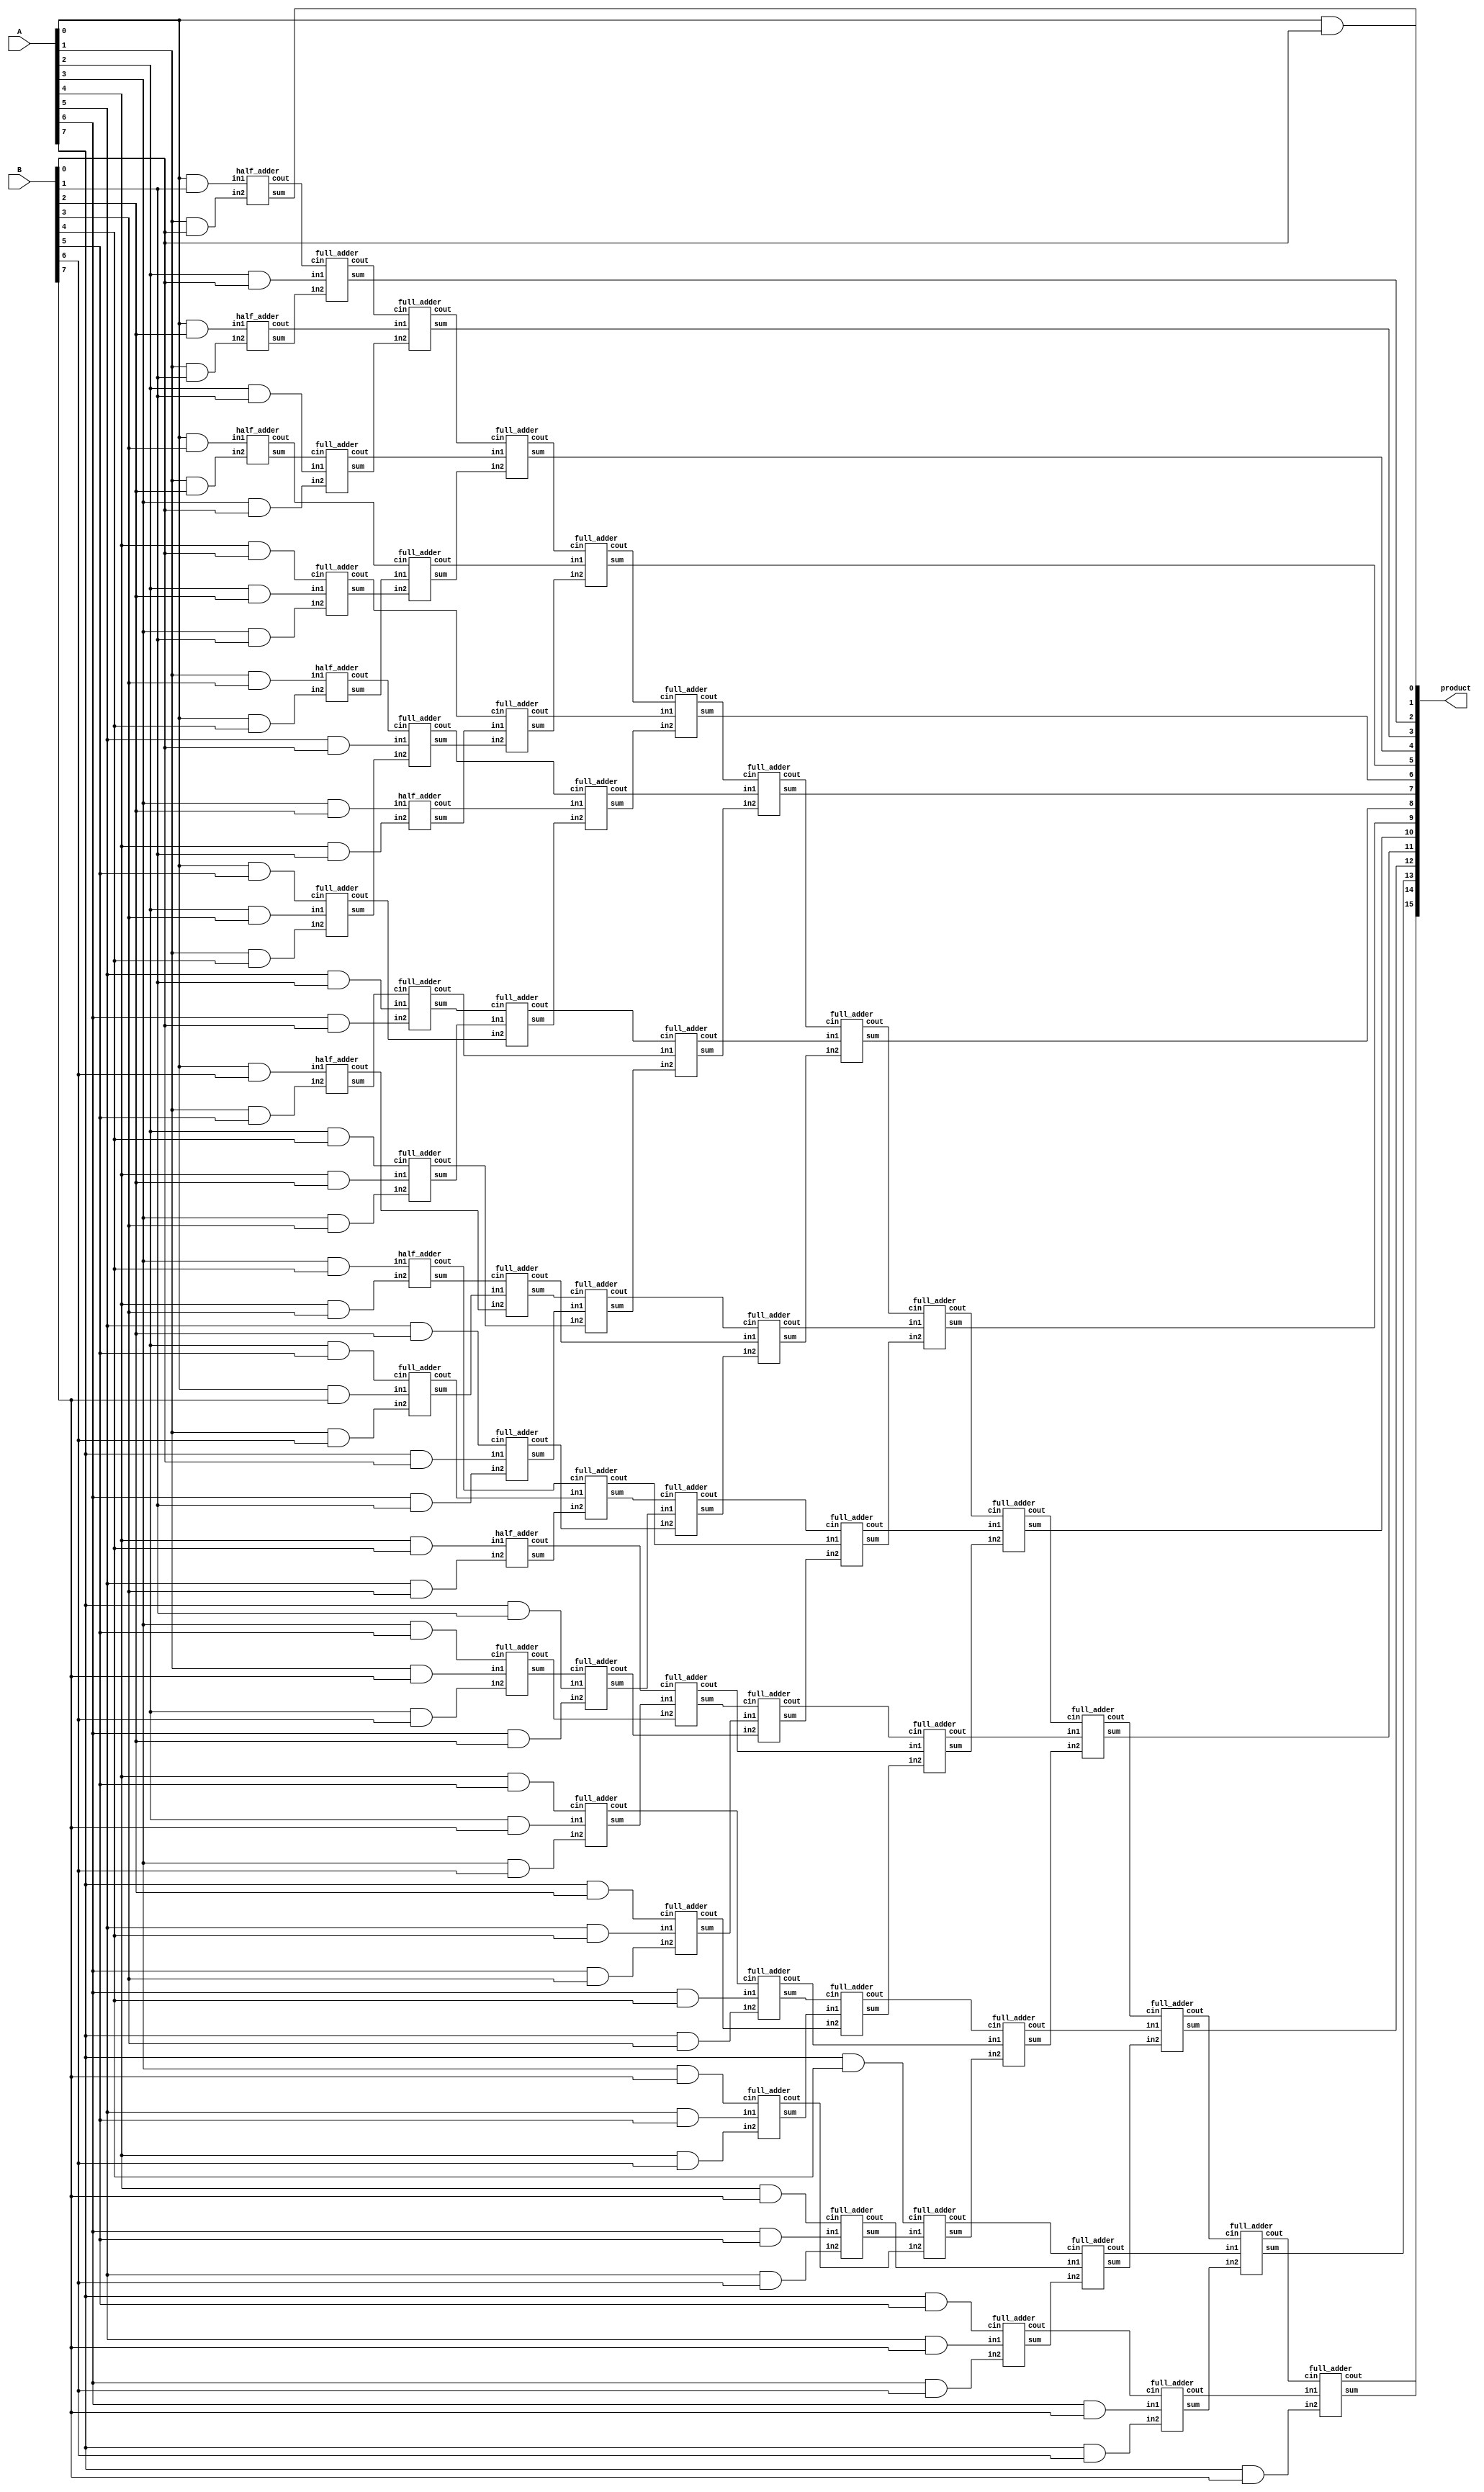
module dadda_unsigned_multiplier_RCA_8(product, A, B);
	/* Implementation of dadda multiplier with RCA at the end.
	 * Area: 1039.968769
	 * Power: 0.5508
	 * Timing : 1.53
	 */
    input [7:0] A, B;
    output [15:0] product;

    wire [7:0] pp0, pp1, pp2, pp3, pp4, pp5, pp6, pp7;

    and AND00(pp0[0], A[0], B[0]);
    and AND01(pp0[1], A[1], B[0]);
    and AND02(pp0[2], A[2], B[0]);
    and AND03(pp0[3], A[3], B[0]);
    and AND04(pp0[4], A[4], B[0]);
    and AND05(pp0[5], A[5], B[0]);
    and AND06(pp0[6], A[6], B[0]);
    and AND07(pp0[7], A[7], B[0]);
    and AND08(pp1[0], A[0], B[1]);
    and AND09(pp1[1], A[1], B[1]);
    and AND10(pp1[2], A[2], B[1]);
    and AND11(pp1[3], A[3], B[1]);
    and AND12(pp1[4], A[4], B[1]);
    and AND13(pp1[5], A[5], B[1]);
    and AND14(pp1[6], A[6], B[1]);
    and AND15(pp1[7], A[7], B[1]);
    and AND16(pp2[0], A[0], B[2]);
    and AND17(pp2[1], A[1], B[2]);
    and AND18(pp2[2], A[2], B[2]);
    and AND19(pp2[3], A[3], B[2]);
    and AND20(pp2[4], A[4], B[2]);
    and AND21(pp2[5], A[5], B[2]);
    and AND22(pp2[6], A[6], B[2]);
    and AND23(pp2[7], A[7], B[2]);
    and AND24(pp3[0], A[0], B[3]);
    and AND25(pp3[1], A[1], B[3]);
    and AND26(pp3[2], A[2], B[3]);
    and AND27(pp3[3], A[3], B[3]);
    and AND28(pp3[4], A[4], B[3]);
    and AND29(pp3[5], A[5], B[3]);
    and AND30(pp3[6], A[6], B[3]);
    and AND31(pp3[7], A[7], B[3]);
    and AND32(pp4[0], A[0], B[4]);
    and AND33(pp4[1], A[1], B[4]);
    and AND34(pp4[2], A[2], B[4]);
    and AND35(pp4[3], A[3], B[4]);
    and AND36(pp4[4], A[4], B[4]);
    and AND37(pp4[5], A[5], B[4]);
    and AND38(pp4[6], A[6], B[4]);
    and AND39(pp4[7], A[7], B[4]);
    and AND40(pp5[0], A[0], B[5]);
    and AND41(pp5[1], A[1], B[5]);
    and AND42(pp5[2], A[2], B[5]);
    and AND43(pp5[3], A[3], B[5]);
    and AND44(pp5[4], A[4], B[5]);
    and AND45(pp5[5], A[5], B[5]);
    and AND46(pp5[6], A[6], B[5]);
    and AND47(pp5[7], A[7], B[5]);
    and AND48(pp6[0], A[0], B[6]);
    and AND49(pp6[1], A[1], B[6]);
    and AND50(pp6[2], A[2], B[6]);
    and AND51(pp6[3], A[3], B[6]);
    and AND52(pp6[4], A[4], B[6]);
    and AND53(pp6[5], A[5], B[6]);
    and AND54(pp6[6], A[6], B[6]);
    and AND55(pp6[7], A[7], B[6]);
    and AND56(pp7[0], A[0], B[7]);
    and AND57(pp7[1], A[1], B[7]);
    and AND58(pp7[2], A[2], B[7]);
    and AND59(pp7[3], A[3], B[7]);
    and AND60(pp7[4], A[4], B[7]);
    and AND61(pp7[5], A[5], B[7]);
    and AND62(pp7[6], A[6], B[7]);
    and AND63(pp7[7], A[7], B[7]);

    /* First Stage */
    half_adder ha01(s11, c11, pp6[0], pp5[1]);
    full_adder fa01(s12, c12, pp7[0], pp6[1], pp5[2]);
    full_adder fa02(s13, c13, pp7[1], pp6[2], pp5[3]);
    full_adder fa03(s14, c14, pp7[2], pp6[3], pp5[4]);

    half_adder ha02(s15, c15, pp4[3], pp3[4]);
    half_adder ha03(s16, c16, pp4[4], pp3[5]);

    /* Second Stage */
    half_adder ha04(s201, c201, pp3[1], pp4[0]);
    full_adder fa04(s202, c202, pp3[2], pp4[1], pp5[0]);
    full_adder fa05(s203, c203, pp2[4], pp3[3], pp4[2]);
    full_adder fa06(s204, c204, pp0[7], pp1[6], pp2[5]);
    full_adder fa07(s205, c205, pp1[7], pp2[6], s13);
    full_adder fa08(s206, c206, pp4[5], pp3[6], pp2[7]);
    full_adder fa09(s207, c207, pp5[5], pp6[4], pp7[3]);
    full_adder fa10(s208, c208, pp5[6], pp6[5], pp7[4]);

    half_adder ha05(s209, c209, pp2[3], pp1[4]);
    full_adder fa11(s210, c210, pp1[5], pp0[6], s11);
    full_adder fa12(s211, c211, s12,    c11,    s15);
    full_adder fa13(s212, c212, c12,    s16,    c15);
    full_adder fa14(s213, c213, s14,    c13,    c16);
    full_adder fa15(s214, c214, pp4[6], pp3[7], c14);
    
    /* Third Stage */
    half_adder ha06(s301, c301, pp3[0], pp2[1]);
    full_adder fa16(s302, c302, pp2[2], pp1[3], pp0[4]);
    full_adder fa17(s303, c303, pp0[5], s202,   c201);
    full_adder fa18(s304, c304, s203, c202, s210);
    full_adder fa19(s305, c305, s204, c203, s211);
    full_adder fa20(s306, c306, s205, c204, s212);
    full_adder fa21(s307, c307, s206, c205, s213);
    full_adder fa22(s308, c308, s207, c206, s214);
    full_adder fa23(s309, c309, s208, c207, pp4[7]);
    full_adder fa24(s310, c310, pp7[5], pp6[6], pp5[7]);

    /* Fourth Stage */
    half_adder ha07(s401, c401, pp2[0], pp1[1]);
    full_adder fa25(s402, c402, pp1[2], pp0[3], s301);
    full_adder fa26(s403, c403, s201,   s302,   c301);
    full_adder fa27(s404, c404, s209,   s303,   c302);
    full_adder fa28(s405, c405, c209,   s304,   c303);
    full_adder fa29(s406, c406, c210,   s305,   c304);
    full_adder fa30(s407, c407, c211,   s306,   c305);
    full_adder fa31(s408, c408, c212,   s307,   c306);
    full_adder fa32(s409, c409, c213,   s308,   c307);
    full_adder fa33(s410, c410, c214,   s309,   c308);
    full_adder fa34(s411, c411, c208,   s310,   c309);
    full_adder fa35(s412, c412, pp7[6], pp6[7], c310);

    /* Final Stage */
    assign product[0] = pp0[0];
    half_adder ha08(product[1],  c501,        pp1[0], pp0[1]);
    full_adder fa36(product[2],  c502,        pp0[2], s401,   c501);
    full_adder fa37(product[3],  c503,        c401,   s402,   c502);
    full_adder fa38(product[4],  c504,        c402,   s403,   c503);
    full_adder fa39(product[5],  c505,        c403,   s404,   c504);
    full_adder fa40(product[6],  c506,        c404,   s405,   c505);
    full_adder fa41(product[7],  c507,        c405,   s406,   c506);
    full_adder fa42(product[8],  c508,        c406,   s407,   c507);
    full_adder fa43(product[9],  c509,        c407,   s408,   c508);
    full_adder fa44(product[10], c510,        c408,   s409,   c509);
    full_adder fa45(product[11], c511,        c409,   s410,   c510);
    full_adder fa46(product[12], c512,        c410,   s411,   c511);
    full_adder fa47(product[13], c513,        c411,   s412,   c512);
    full_adder fa48(product[14], product[15], c412,   pp7[7], c513);
endmodule

module dadda_unsigned_multiplier_RCA_8_attempt1(product, A, B);
    /* This is HSOgawa's implementation for 8 bit dadda multiplier 
     * with RCA at end.
     * Area: 1039.968769
     * Power: 0.5470
     * Timing: 1.53
     */
    input [7:0] A, B;
    output [15:0] product;

wire [7:0] pp0, pp1, pp2, pp3, pp4, pp5, pp6, pp7;
	
assign pp0[0] = A[0] & B[0];
assign pp0[1] = A[0] & B[1];
assign pp0[2] = A[0] & B[2];
assign pp0[3] = A[0] & B[3];
assign pp0[4] = A[0] & B[4];
assign pp0[5] = A[0] & B[5];
assign pp0[6] = A[0] & B[6];
assign pp0[7] = A[0] & B[7];
assign pp1[0] = A[1] & B[0];
assign pp1[1] = A[1] & B[1];
assign pp1[2] = A[1] & B[2];
assign pp1[3] = A[1] & B[3];
assign pp1[4] = A[1] & B[4];
assign pp1[5] = A[1] & B[5];
assign pp1[6] = A[1] & B[6];
assign pp1[7] = A[1] & B[7];
assign pp2[0] = A[2] & B[0];
assign pp2[1] = A[2] & B[1];
assign pp2[2] = A[2] & B[2];
assign pp2[3] = A[2] & B[3];
assign pp2[4] = A[2] & B[4];
assign pp2[5] = A[2] & B[5];
assign pp2[6] = A[2] & B[6];
assign pp2[7] = A[2] & B[7];
assign pp3[0] = A[3] & B[0];
assign pp3[1] = A[3] & B[1];
assign pp3[2] = A[3] & B[2];
assign pp3[3] = A[3] & B[3];
assign pp3[4] = A[3] & B[4];
assign pp3[5] = A[3] & B[5];
assign pp3[6] = A[3] & B[6];
assign pp3[7] = A[3] & B[7];
assign pp4[0] = A[4] & B[0];
assign pp4[1] = A[4] & B[1];
assign pp4[2] = A[4] & B[2];
assign pp4[3] = A[4] & B[3];
assign pp4[4] = A[4] & B[4];
assign pp4[5] = A[4] & B[5];
assign pp4[6] = A[4] & B[6];
assign pp4[7] = A[4] & B[7];
assign pp5[0] = A[5] & B[0];
assign pp5[1] = A[5] & B[1];
assign pp5[2] = A[5] & B[2];
assign pp5[3] = A[5] & B[3];
assign pp5[4] = A[5] & B[4];
assign pp5[5] = A[5] & B[5];
assign pp5[6] = A[5] & B[6];
assign pp5[7] = A[5] & B[7];
assign pp6[0] = A[6] & B[0];
assign pp6[1] = A[6] & B[1];
assign pp6[2] = A[6] & B[2];
assign pp6[3] = A[6] & B[3];
assign pp6[4] = A[6] & B[4];
assign pp6[5] = A[6] & B[5];
assign pp6[6] = A[6] & B[6];
assign pp6[7] = A[6] & B[7];
assign pp7[0] = A[7] & B[0];
assign pp7[1] = A[7] & B[1];
assign pp7[2] = A[7] & B[2];
assign pp7[3] = A[7] & B[3];
assign pp7[4] = A[7] & B[4];
assign pp7[5] = A[7] & B[5];
assign pp7[6] = A[7] & B[6];
assign pp7[7] = A[7] & B[7];

wire [56:0] S;
wire [56:0] Cout;
Half_Adder HA1 (pp0[6], pp1[5], S[1], Cout[1]);
Full_Adder FA1 (pp0[7], pp1[6], pp2[5], S[2], Cout[2]);
Half_Adder HA2 (pp3[4], pp4[3], S[3], Cout[3]);
Full_Adder FA2 (pp1[7], pp2[6], pp3[5], S[4], Cout[4]);
Half_Adder HA3 (pp4[4], pp5[3], S[5], Cout[5]);
Full_Adder FA3 (pp2[7], pp3[6], pp4[5], S[6], Cout[6]);
Half_Adder HA4 (pp0[4], pp1[3], S[7], Cout[7]);
Full_Adder FA4 (pp0[5], pp1[4], pp2[3], S[8], Cout[8]);
Half_Adder HA5 (pp3[2], pp4[1], S[9], Cout[9]);
Full_Adder FA5 (pp2[4], pp3[3], pp4[2], S[10], Cout[10]);
Full_Adder FA6 (pp5[1], pp6[0], S[1], S[11], Cout[11]);
Full_Adder FA7 (pp5[2], pp6[1], pp7[0], S[12], Cout[12]);
Full_Adder FA8 (Cout[1], S[2], S[3], S[13], Cout[13]);
Full_Adder FA9 (pp6[2], pp7[1], Cout[2], S[14], Cout[14]);
Full_Adder FA10 (Cout[3], S[4], S[5], S[15], Cout[15]);
Full_Adder FA11 (pp5[4], pp6[3], pp7[2], S[16], Cout[16]);
Full_Adder FA12 (Cout[4], Cout[5], S[6], S[17], Cout[17]);
Full_Adder FA13 (pp3[7], pp4[6], pp5[5], S[18], Cout[18]);
Full_Adder FA14 (pp6[4], pp7[3], Cout[6], S[19], Cout[19]);
Full_Adder FA15 (pp4[7], pp5[6], pp6[5], S[20], Cout[20]);
Half_Adder HA6 (pp0[3], pp1[2], S[21], Cout[21]);
Full_Adder FA16 (pp2[2], pp3[1], pp4[0], S[22], Cout[22]);
Full_Adder FA17 (pp5[0], Cout[7], S[8], S[23], Cout[23]);
Full_Adder FA18 (Cout[8], Cout[9], S[10], S[24], Cout[24]);
Full_Adder FA19 (Cout[10], Cout[11], S[12], S[25], Cout[25]);
Full_Adder FA20 (Cout[12], Cout[13], S[14], S[26], Cout[26]);
Full_Adder FA21 (Cout[14], Cout[15], S[16], S[27], Cout[27]);
Full_Adder FA22 (Cout[16], Cout[17], S[18], S[28], Cout[28]);
Full_Adder FA23 (pp7[4], Cout[18], Cout[19], S[29], Cout[29]);
Full_Adder FA24 (pp5[7], pp6[6], pp7[5], S[30], Cout[30]);
Half_Adder HA7 (pp0[2], pp1[1], S[31], Cout[31]);
Full_Adder FA25 (pp2[1], pp3[0], S[21], S[32], Cout[32]);
Full_Adder FA26 (S[7], Cout[21], S[22], S[33], Cout[33]);
Full_Adder FA27 (S[9], Cout[22], S[23], S[34], Cout[34]);
Full_Adder FA28 (S[11], Cout[23], S[24], S[35], Cout[35]);
Full_Adder FA29 (S[13], Cout[24], S[25], S[36], Cout[36]);
Full_Adder FA30 (S[15], Cout[25], S[26], S[37], Cout[37]);
Full_Adder FA31 (S[17], Cout[26], S[27], S[38], Cout[38]);
Full_Adder FA32 (S[19], Cout[27], S[28], S[39], Cout[39]);
Full_Adder FA33 (S[20], Cout[28], S[29], S[40], Cout[40]);
Full_Adder FA34 (Cout[20], Cout[29], S[30], S[41], Cout[41]);
Full_Adder FA35 (pp6[7], pp7[6], Cout[30], S[42], Cout[42]);
Half_Adder HA8 (pp0[1], pp1[0], S[0], Cout[0]);
Full_Adder FA36 (pp2[0], S[31], Cout[0], S[43], Cout[43]);
Full_Adder FA37 (Cout[31], S[32], Cout[43], S[44], Cout[44]);
Full_Adder FA38 (Cout[32], S[33], Cout[44], S[45], Cout[45]);
Full_Adder FA39 (Cout[33], S[34], Cout[45], S[46], Cout[46]);
Full_Adder FA40 (Cout[34], S[35], Cout[46], S[47], Cout[47]);
Full_Adder FA41 (Cout[35], S[36], Cout[47], S[48], Cout[48]);
Full_Adder FA42 (Cout[36], S[37], Cout[48], S[49], Cout[49]);
Full_Adder FA43 (Cout[37], S[38], Cout[49], S[50], Cout[50]);
Full_Adder FA44 (Cout[38], S[39], Cout[50], S[51], Cout[51]);
Full_Adder FA45 (Cout[39], S[40], Cout[51], S[52], Cout[52]);
Full_Adder FA46 (Cout[40], S[41], Cout[52], S[53], Cout[53]);
Full_Adder FA47 (Cout[41], S[42], Cout[53], S[54], Cout[54]);
Full_Adder FA48 (pp7[7], Cout[42], Cout[54], S[55], Cout[55]);

assign product[15] = Cout[55];
assign product[14] = S[55];
assign product[13] = S[54];
assign product[12] = S[53];
assign product[11] = S[52];
assign product[10] = S[51];
assign product[9] = S[50];
assign product[8] = S[49];
assign product[7] = S[48];
assign product[6] = S[47];
assign product[5] = S[46];
assign product[4] = S[45];
assign product[3] = S[44];
assign product[2] = S[43];
assign product[1] = S[0];
assign product[0] = pp0[0];
    
endmodule

module half_adder(output wire sum,
                  output wire cout,
                  input wire in1,
                  input wire in2);
    xor(sum, in1, in2);
    and(cout, in1, in2);
endmodule

module full_adder(output wire sum,
                  output wire cout,
                  input wire in1,
                  input wire in2,
                  input wire cin);
    wire temp1;
    wire temp2;
    wire temp3;
    xor(sum, in1, in2, cin);
    and(temp1,in1,in2);
    and(temp2,in1,cin);
    and(temp3,in2,cin);
    or(cout,temp1,temp2,temp3);
endmodule

module Half_Adder(input wire in1,
                  input wire in2,
                  output wire sum,
                  output wire cout);
    xor(sum, in1, in2);
    and(cout, in1, in2);
endmodule

module Full_Adder(input wire in1,
                  input wire in2,
                  input wire cin,
                  output wire sum,
                  output wire cout);
    wire temp1;
    wire temp2;
    wire temp3;
    xor(sum, in1, in2, cin);
    and(temp1,in1,in2);
    and(temp2,in1,cin);
    and(temp3,in2,cin);
    or(cout,temp1,temp2,temp3);
endmodule